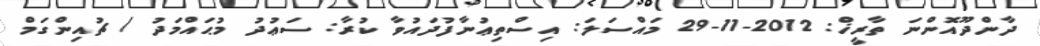
ދާންދޫއޮންނަ ތާރީޚް: 2012-11-29 މައްސަލަ: އިސްތިޢުނާފުދައުވާ ކުރާ: ސަޢުދު މުޙައްމަދު / ޗުއިންގަމް